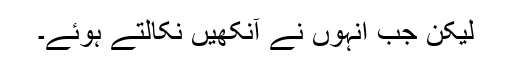
لیکن جب انہوں نے آنکھیں نکالتے ہوئے۔